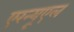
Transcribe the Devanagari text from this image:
एरन्‍यूएल